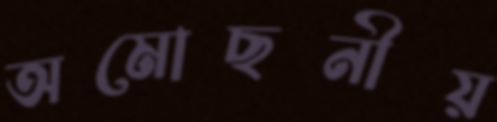
অমোছনীয়